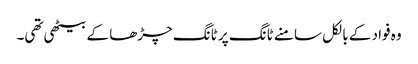
وہ فواد کے بالکل سامنے ٹانگ پر ٹانگ چڑھا کے بیٹھی تھی۔